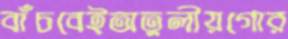
বাঁচবেইঅতুলীয়গোর